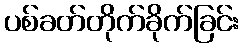
ပစ်ခတ်တိုက်ခိုက်ခြင်း